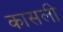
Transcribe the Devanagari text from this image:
कासली